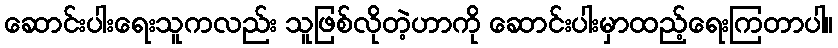
ဆောင်းပါးရေးသူကလည်း သူဖြစ်လိုတဲ့ဟာကို ဆောင်းပါးမှာထည့်ရေးကြတာပါ။